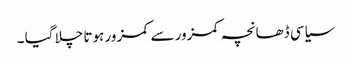
سیاسی ڈھانچہ کمزور سے کمزور ہوتا چلا گیا ۔